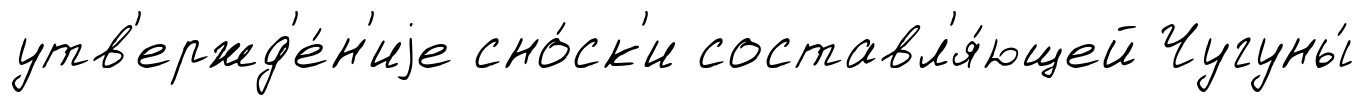
утв'ержд'е́н'иjе сно́ск'и составл'я́ющей Чугуны́